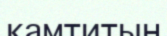
камтитын